NAE_EAA_T-354_Tartu_Tamme_Gumnaasium, lk 90
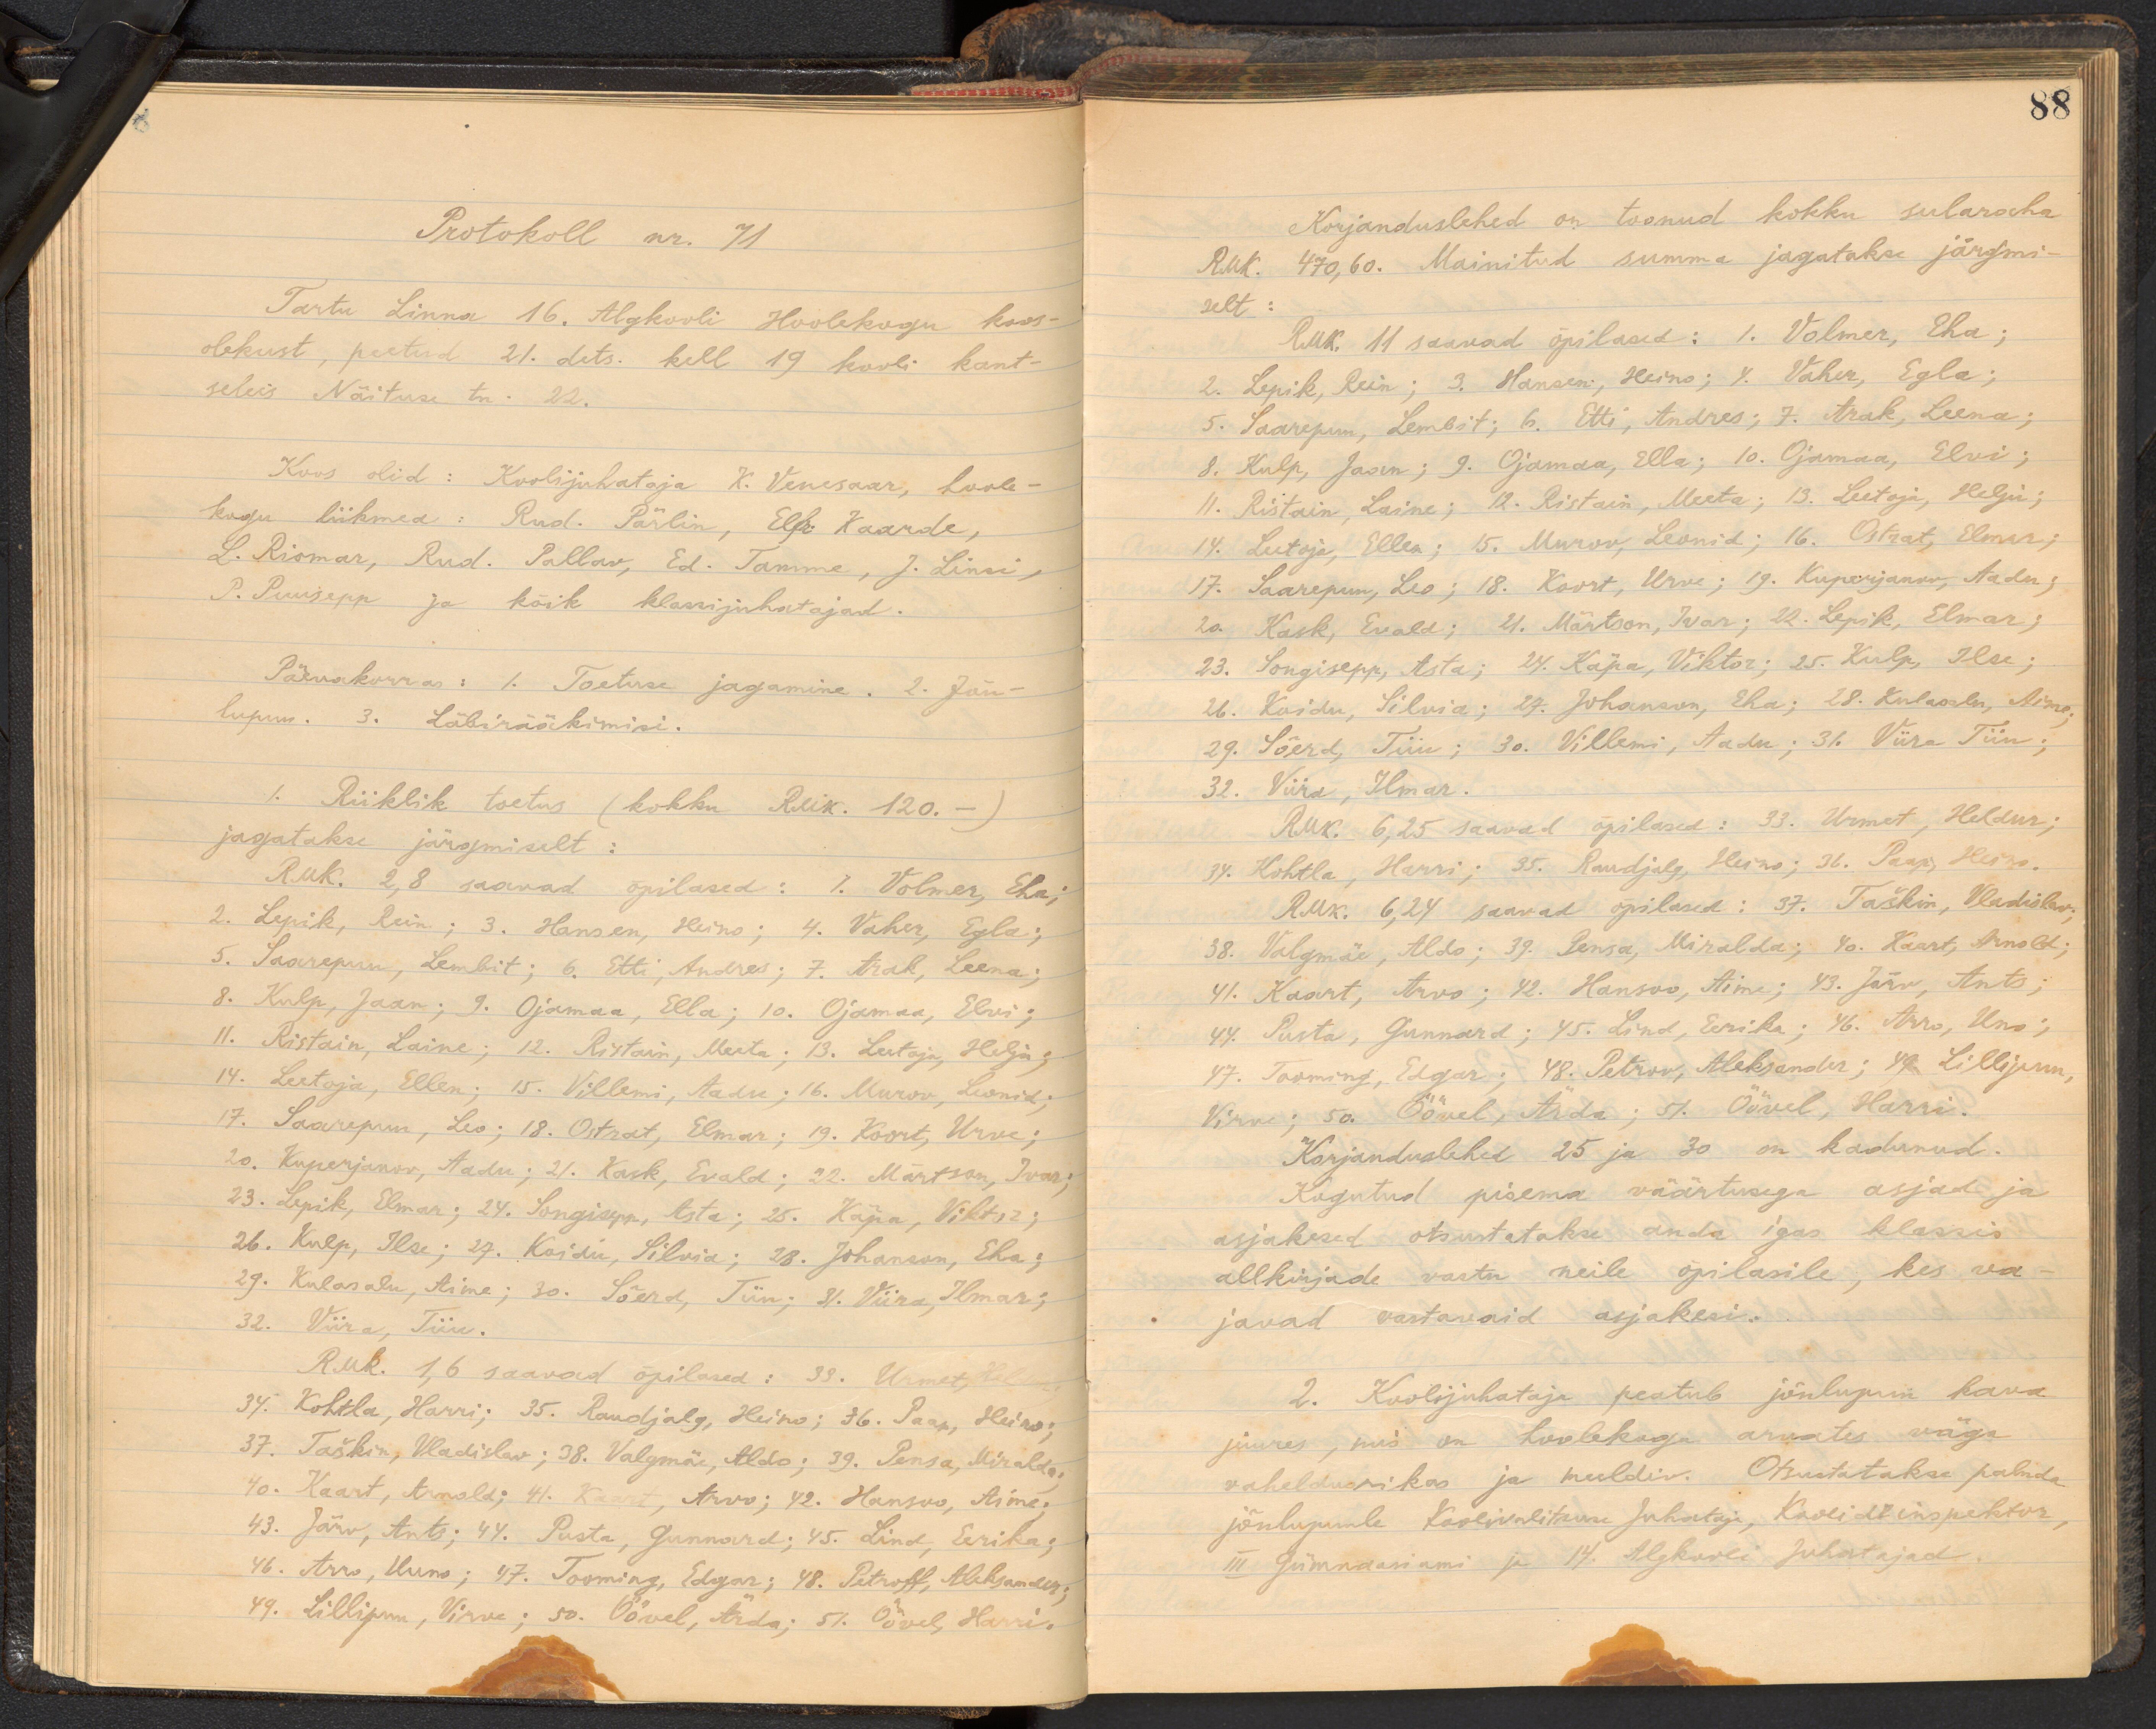
Protokoll nr. 71
Tartu Linna 16. Algkooli Hoolekogu koos-
olekust, peetud 21. dets. kell 19 kooli kant-
seleis Näituse tn. 22.
Koos olid: Koolijuhataja K. Venesaar, hoole-
kogu liikmed: Rud. Pärlin, Elf Kaarde,
L. Riomar, Rud. Pallav, Ed. Tamme, J. Linsi,
P. Puusepp ja kõik klassijuhatajad.
Päevakorras: 1. Toetuse jagamine. 2. Jõu-
lupuu. 3. Läbirääkimisi.
(Riiklik toetus (kohku RMk. 120. -)
jagatakse järgmiselt:
RMk. 2,8 saavad õpilased: 1. Volmer, Eha
2. Lepik, Rein; 3. Hansen, Heino; 4. Vaher, Egla;
5. Saarepuu, Lembit; 6. Etti, Andres; 7. Arak, Leena;
8. Kulp, Jaan; 9. Ojamaa, Ella; 10. Ojamaa, Elvi;
11. Ristain, Laine; 12. Ristain, Meeta; 13. Leetoja, Helju,
14. Leetoja, Ellen; 15. Villemi, Aadu; 16. Murov, Leonid.
17. Saarepuu, Leo; 18. Ostrat, Elmar; 19. Koort, Urve;
20. Kuperjanov, Aadu; 21. Kask, Evald; 22. Märtson, Ivar
23. Lepik, Elmar; 24. Sangisepp, Asta; 25. Käpa, Viktor;
26. Kulp, Ilse; 27. Koidu, Silvia; 28. Johanson, Eha;
29. Kulasalu, Aime; 30. Sõerd, Tiiu; 31. Viira, Ilmar;
32. Viira, Tiiu.
RMk. 1,6 saavad õpilased: 33. Urmet, Helena
34. Kohtla, Harri; 35. Raudjalg, Heino; 36. Paap, Heino
37. Taškin, Vladislav; 38. Valgmäe, Aldo; 39. Pensa, Miralda
70. Kaart, Arnold; 41. Kaart, Arvo; 42. Hansoo, Aime,
43. Järv, Ants; 44. Pusta, Gunnard; 45. Lind, Eerika,
46. Arro, Uuno; 47. Tooming, Edgar; 48. Petroff, Aleksander
49. Lillipuu, Virve; 50. Öövel, Ärda; 51. Õövel Harris

88
Korjanduslehed on toonud kokku sularaha
RMk. 470,60. Mainitud summa jagatakse järgmi-
selt:
RMk. 11 saavad õpilased: 1. Volmer, Eha;
2. Lepik, Rein; 3. Hansen, Heino; 4. Vaher, Egla;
5. Saarepuu, Lembit; 6. Etti, Andres; 7. Arak, Leena;
8. Kulp, Jaan; 9. Ojamaa, Ella; 10. Ojamaa, Elvi;
11. Ristain, Laine; 12. Ristain, Meeta; 13. Leetoja, Helju;
14. Leetoja, Ellen; 15. Murov, Leonid; 16. Ostrat, Elmar;
17. Saarepuu, Leo; 18. Koort, Urve; 19. Kuperjanov, Aadu;
20. Kask, Evald; 21. Märtson, Ivar; 22. Lepik, Elmar;
23. Songisepp, Asta; 24. Käpa, Viktor; 25. Kulp, Ilse;
26. Koidu, Silvia; 27. Johanson, Eha; 28. Kulasalu, Aime
29. Sõerd, Tiiu; 30. Villemi, Aadu; 31. Viira Tiiu.
32. Viira, Ilmar.
RMk. 6,25 saavad õpilased: 33. Urmet, Heldur;
34. Kohtla, Harri; 35. Raudjalg, Heino; 36. Paap, Heino.
RMk. 6,24 saavad õpilased: 37. Taškin, Vladislav
38. Valgmäe, Aldo; 39. Pensa, Miralda; 40. Kaart, Arnold;
41. Kaart, Arvo; 42. Hansoo, Aime; 43. Järv, Ants;
44. Pusta, Gunnard; 45. Lind, Eerika; 46. Arro, Uno;
47. Tooming, Elgar: 48. Petrov, Aleksander; 49. Lillipuu,
Virve; 50. Öövel, Ärda; 51. Öövel, Harri.
Korjanduslehed 25 ja 30 on kadunud.
Kogutud pisema väärtusega asjad ja
asjakesed otsustatakse anda igas klassis
allkirjade vastu neile õpilasile, kes va-
javad vastavaid asjakesi.
2. Koolijuhataja peatub jõulupuu kava
juures, mis on hoolekogu arvates wäga
vaheldusrikas ja meeldiv. Otsustatakse paluda
jõulupuule Koolivalitsuse juhataja, Koolide inspektor,
III gümnaasiumi ja 14. Algkooli juhatajad.